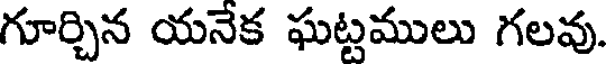
గూర్చిన యనేక ఘట్టములు గలవు.